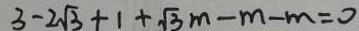
3 - 2 \sqrt { 3 } + 1 + \sqrt { 3 } m - m - m = 0